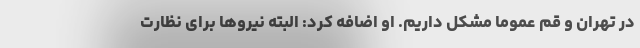
در تهران و قم عموما مشکل داریم. او اضافه کرد: البته نیروها برای نظارت